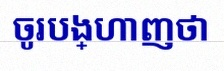
ចូរបង្ហាញថា